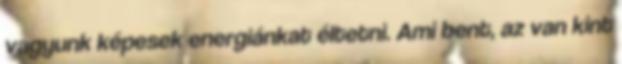
vagyunk képesek energiánkat éltetni. Ami bent, az van kint